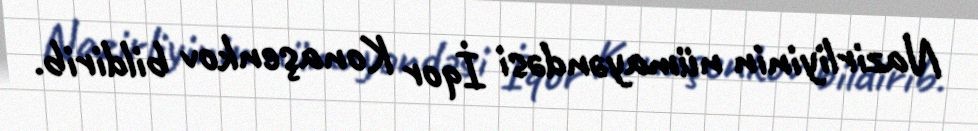
Nazirliyinin nümayəndəsi İqor Konaşenkov bildirib.